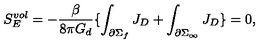
S _ { E } ^ { v o l } = - \frac { \beta } { 8 \pi G _ { d } } \lbrace \int _ { \partial \Sigma _ { f } } J _ { D } + \int _ { \partial \Sigma _ { \infty } } J _ { D } \rbrace = 0 ,